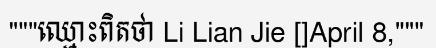
"""ឈ្មោះពិតថា Li Lian Jie []April 8,"""